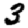
Digit: 3